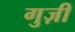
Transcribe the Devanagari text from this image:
गुज़ी